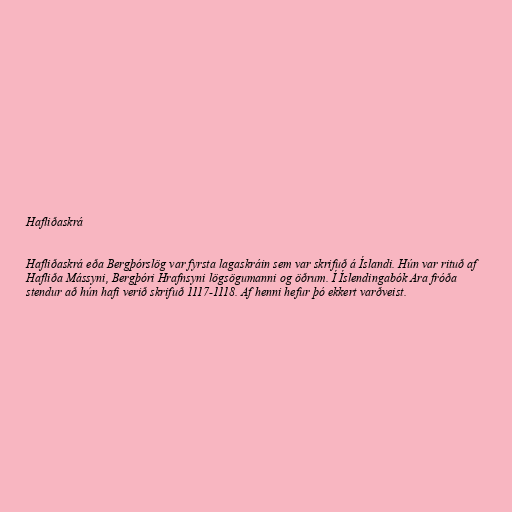
Hafliðaskrá

Hafliðaskrá eða Bergþórslög var fyrsta lagaskráin sem var skrifuð á Íslandi. Hún var rituð af
Hafliða Mássyni, Bergþóri Hrafnsyni lögsögumanni og öðrum. Í Íslendingabók Ara fróða
stendur að hún hafi verið skrifuð 1117-1118. Af henni hefur þó ekkert varðveist.